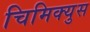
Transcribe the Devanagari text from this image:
चिमिक्युस